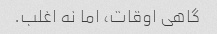
گاهی اوقات، اما نه اغلب.